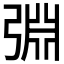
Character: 𢏮